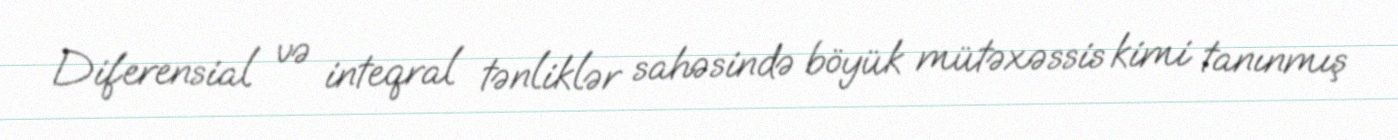
Diferensial və inteqral tənliklər sahəsində böyük mütəxəssis kimi tanınmış